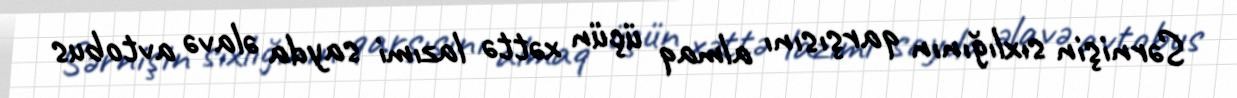
Sərnişin sıxlığının qarşısını almaq üçün xəttə lazımi sayda əlavə avtobus